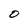
Character: O